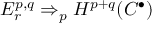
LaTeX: E _ { r } ^ { p , q } \Rightarrow _ { p } H ^ { p + q } ( C ^ { \bullet } )